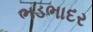
ભડભાદર